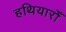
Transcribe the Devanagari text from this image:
हथियारोँ